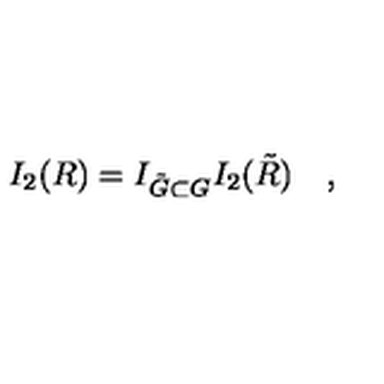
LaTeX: I _ { 2 } ( R ) = I _ { \tilde { G } \subset G } I _ { 2 } ( \tilde { R } ) \quad ,